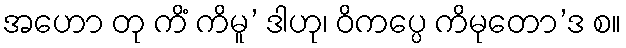
အဟော တု ကိံ ကိမူ’ ဒါဟု၊ ဝိကပ္ပေ ကိမုတော’ဒ စ။